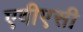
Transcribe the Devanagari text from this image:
एवीएसी